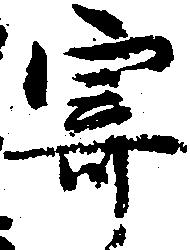
寄